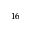
^ { 1 6 }